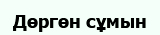
Дөргөн сұмын